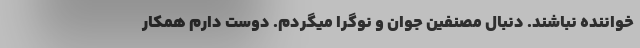
خواننده نباشند. دنبال مصنفینِ جوان و نوگرا میگردم. دوست دارم همکارِ